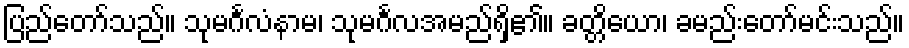
ပြည်တော်သည်။ သုမင်္ဂလံနာမ၊ သုမင်္ဂလအမည်ရှိ၏။ ခတ္တိယော၊ ခမည်းတော်မင်းသည်။